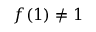
f ( 1 ) \neq 1